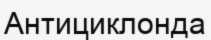
Антициклонда